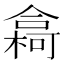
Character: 樖